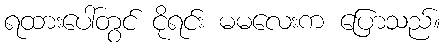
ရထားပေါ်တွင် ငိုရင်း မမလေးက ပြောသည်။